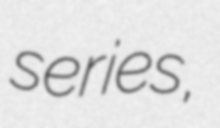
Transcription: series,